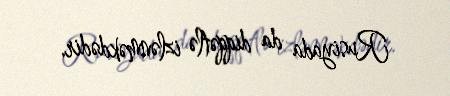
Rusiyada da diqqətlə izlənməkdədir.